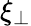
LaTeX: \xi_{\perp}